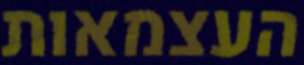
העצמאות